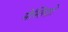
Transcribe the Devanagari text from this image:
मेस्तिज़ो